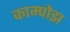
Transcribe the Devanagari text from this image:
काम्पोझ